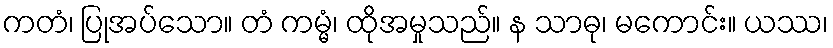
ကတံ၊ ပြုအပ်သော။ တံ ကမ္မံ၊ ထိုအမှုသည်။ န သာဓု၊ မကောင်း။ ယဿ၊